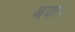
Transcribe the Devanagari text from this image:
बक।